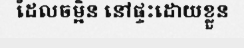
ដែលចម្អិន នៅផ្ទះដោយខ្លួន